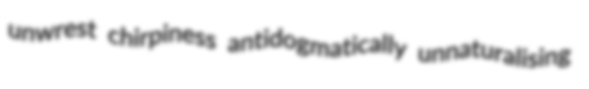
unwrest chirpiness antidogmatically unnaturalising